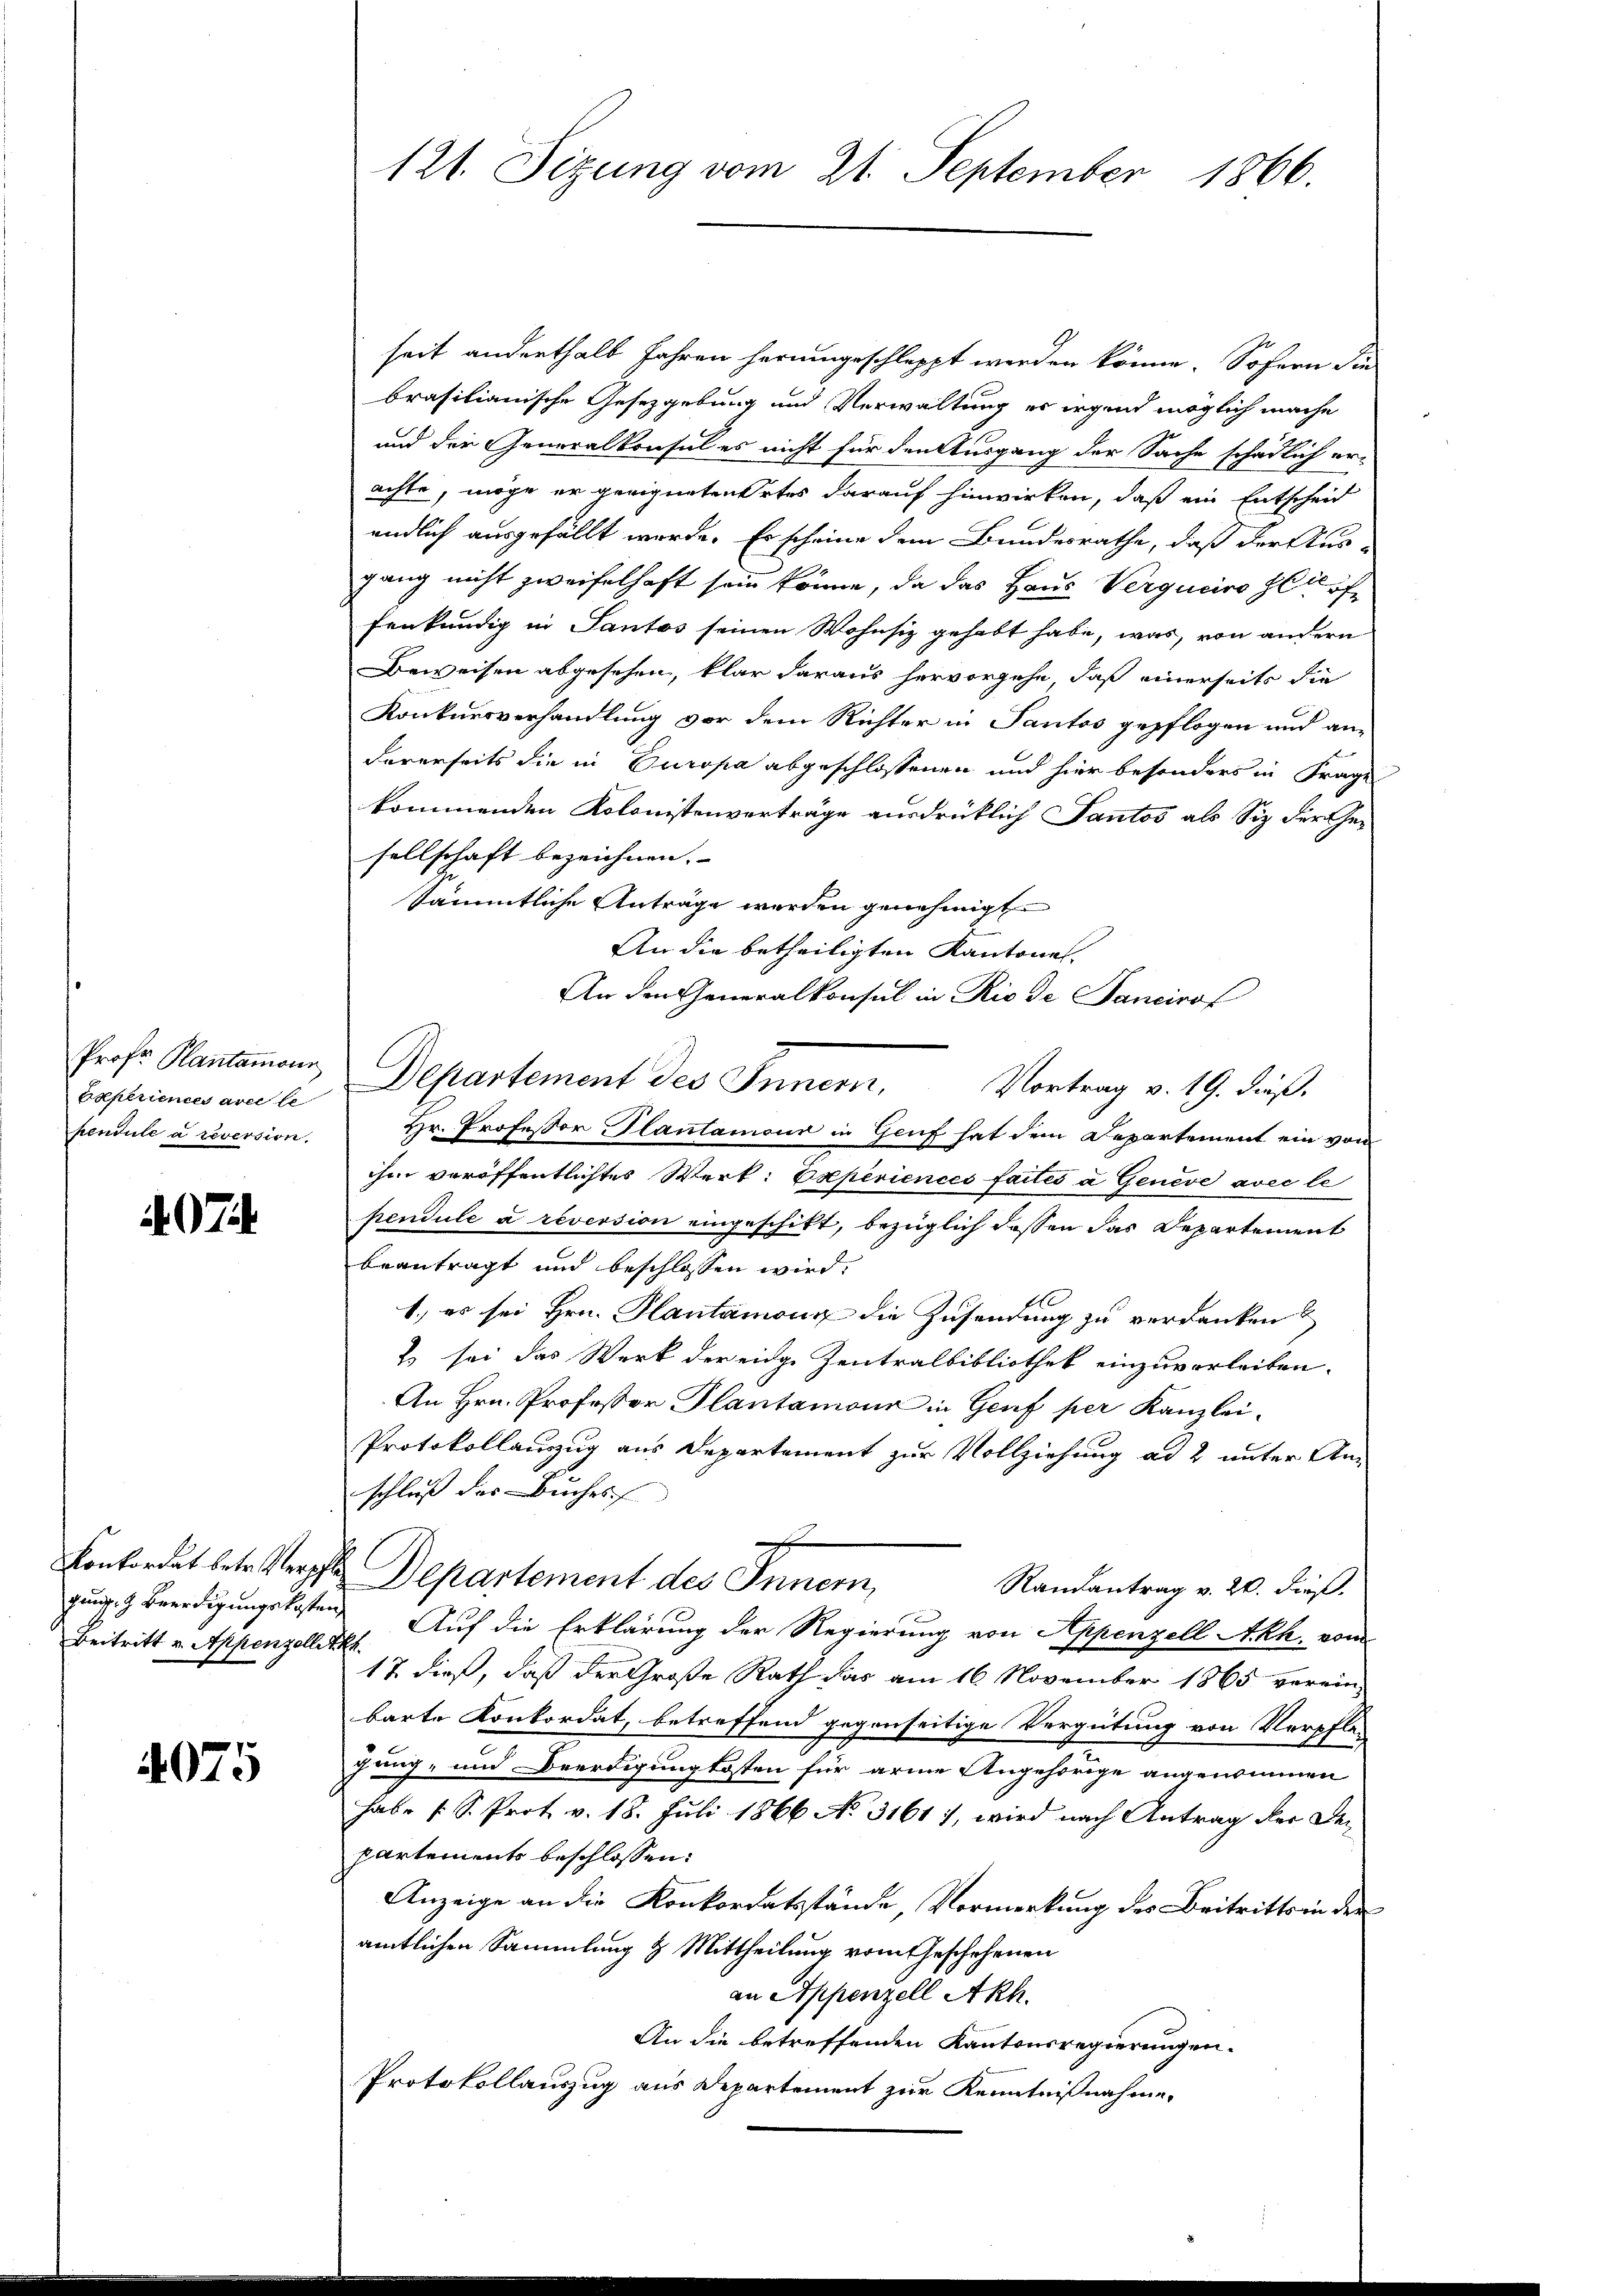
Prof. Klantamonn
Experiences avec le
pendule a reversion.

97.

Konkordat betr. Verpfle
gung.  Beerdigungskosten
Beitritt v. Appenzellet.

4075

121. Sizung vom 21. September 1866.

heit anderthalb Jahren herumgeschleppt werden könne. Sofern die
brasilianische Gesetzgebung und Verwaltung es irgend möglich mache
und den Generalkonsul es nicht für den Ausgang der Sache schädlich er-
achte, möge er geeigneten Ortes darauf hinwirken, daß ein Entscheid
endlich ausgefällt werde. Es scheine dem Bundesrathe, daß der Aus-
gang nicht zweifelhaft sein könne, da das Haus Vergucire lief
fenkundig in Pantos seinen Wohnsiz gehabt habe, was, von andern
Beweisen abgesehen, klar daraus hervorgehe, daß einerseits die
Konkursverhandlung vor dem Richter in Pantos gepflogen und an-
dererseits die in Europa abgeschlossenen und hier besonders in Frage
kommenden Kolonistenverträge ausdrücklich Pantos als Siz der Gesellschaft bezeichnen.
Sämmtliche Anträge werden genehmigt
An die betheiligten Kantone.
An den Generalkonsul in Rio de Sancirof
Hr. Professor Plantamour in Genf hat dem Departement ein von
ihm veröffentlichtes Werk: Experiences faites a Geneve avec le
pendule a reversion eingeschikt, bezüglich dassen das Departement
beantragt und beschlossen wird.
1.) es sei Hrn. Hautamon die Zusendung zu verdanken?
2 sei das Werk der eidge Zentralbibliothek einzuverleiben.
An Hrn. Professor Plantamon in Genf per Kanzlei¬
Protokollanzug aus Departement zur Vollziehung ad 2 unter Anschluß der Buches
Departement des Innern,
Randantrag v. 20. dieß.
Auf die Erklärung der Regierung von Appenzell Akh. vom
17 dieß, daß der Große Rath das am 16. November 1865 verein-
barte Konkordat, betreffend gegenseitige Vergütung von Verpfle-
gung- und Beerdigung kosten für arme Angehörige angenommen
habe s. S. Prot. v. 18. Juli 1866 No. 3161), wird nach Antrag der De¬
Partements beschlossen:
Anzeige an die Konkordatsstände, Vormerkung des Beitritts in den
amtlichen Sammlung & Mittheilung vom Geschehenen
an Appenzell Akh.
An die betreffenden Kantonsregierungen.
Protokollauszug aus Departement zur Kenntnißnahme.

Departement des Inner. Vortrag v. 19. dieß.